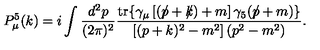
P _ { \mu } ^ { 5 } ( k ) = i \int \frac { d ^ { 2 } p } { ( 2 \pi ) ^ { 2 } } \frac { \mathrm { t r } \{ \gamma _ { \mu } \left[ ( p \! \! \! \slash + k \! \! \! \slash ) + m \right] \gamma _ { 5 } ( p \! \! \! \slash + m ) \} } { \left[ ( p + k ) ^ { 2 } - m ^ { 2 } \right] ( p ^ { 2 } - m ^ { 2 } ) } .